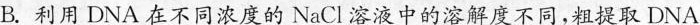
B.利用DNA在不同浓度的NaCl溶液中的溶解度不同，粗提取DNA